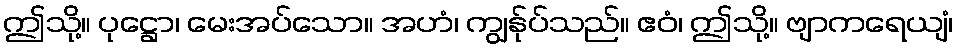
ဤသို့။ ပုဋ္ဌော၊ မေးအပ်သော။ အဟံ၊ ကျွန်ုပ်သည်။ ဧဝံ၊ ဤသို့။ ဗျာကရေယျံ၊